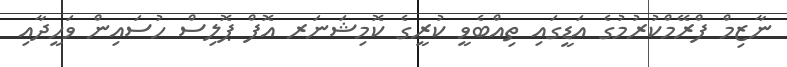
ނާޒިމް ފްރޭމްކުރުމުގެ އަޑީގައި ތިއްބެވީ ކުރީގެ ކޮމިޝަނަރ އޮފް ޕޮލިސް ހުސައިން ވަހީދާއި